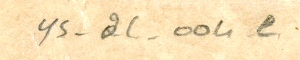
٥	YS_2C_004e